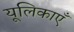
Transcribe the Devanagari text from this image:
यूलिकाएँ